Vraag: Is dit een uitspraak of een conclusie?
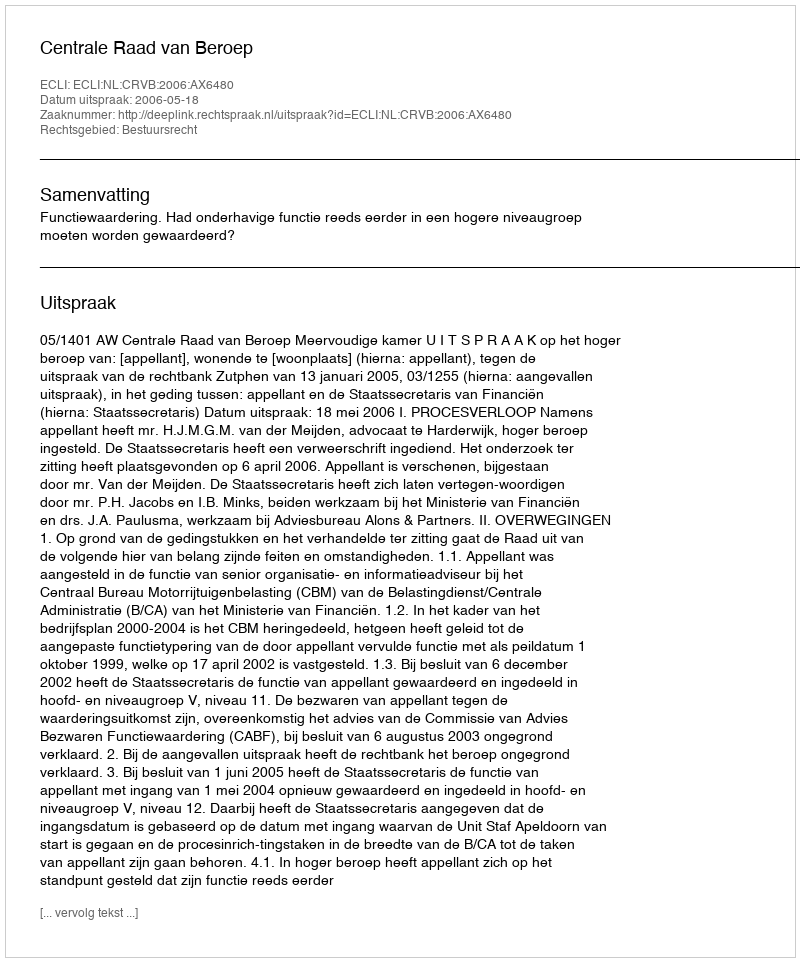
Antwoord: Uitspraak